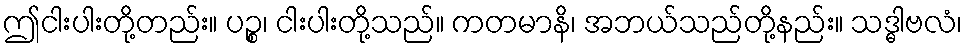
ဤငါးပါးတို့တည်း။ ပဉ္စ၊ ငါးပါးတို့သည်။ ကတမာနိ၊ အဘယ်သည်တို့နည်း။ သဒ္ဓါဗလံ၊